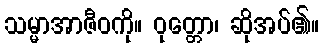
သမ္မာအာဇီဝကို။ ဝုတ္တော၊ ဆိုအပ်၏။